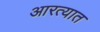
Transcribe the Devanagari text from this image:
आरत्यात